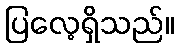
ပြလေ့ရှိသည်။